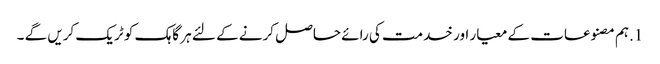
1.ہم مصنوعات کے معیار اور خدمت کی رائے حاصل کرنے کے لئے ہر گاہک کو ٹریک کریں گے ۔